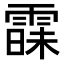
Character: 𮦠